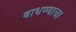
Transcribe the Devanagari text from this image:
बाधण्याचा